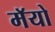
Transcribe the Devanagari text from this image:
मॅयो